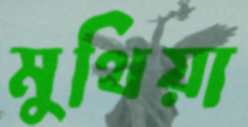
মুথিয়া